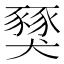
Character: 𧱾